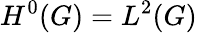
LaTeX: H^{0}(G)=L^{2}(G)